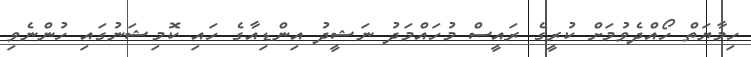
ހިމާޔަތް ހޯއްދެވުމަށް ކުރީގެ ރައީސް މުހައްމަދު ނަޝީދު އިންޑިއާގެ ހައި ކޮމިޝަނުގައި ހުންނެވި